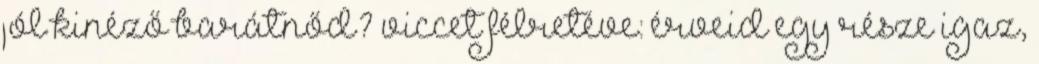
jól kinéző barátnőd? viccet félretéve: érveid egy része igaz,